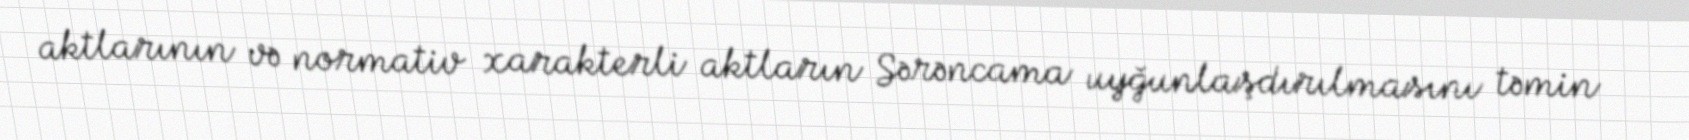
aktlarının və normativ xarakterli aktların Sərəncama uyğunlaşdırılmasını təmin